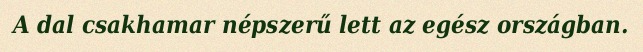
A dal csakhamar népszerű lett az egész országban.